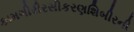
કામગીરીરસીકરણશિબીરની